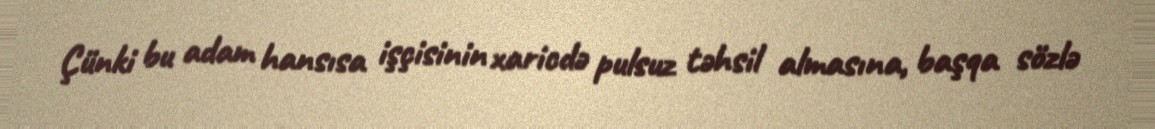
Çünki bu adam hansısa işçisinin xaricdə pulsuz təhsil almasına, başqa sözlə